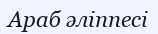
Араб әліппесі